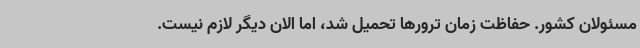
مسئولان کشور. حفاظت زمان ترورها تحمیل شد، اما الان دیگر لازم نیست.